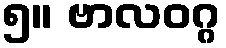
၅။ ဗာလဝဂ္ဂ